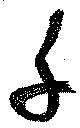
千